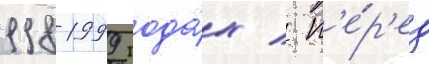
1998-1999 года́х / п'е́р'ед